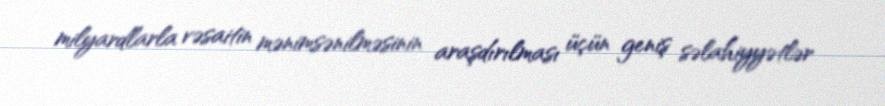
milyardlarla vəsaitin mənimsənilməsinin araşdırılması üçün geniş səlahiyyətlər